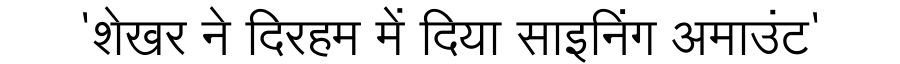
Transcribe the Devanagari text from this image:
'शेखर ने दिरहम में दिया साइनिंग अमाउंट'